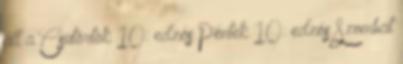
áll a Csütörtök 10: edzés Péntek 10: edzés Szombat